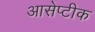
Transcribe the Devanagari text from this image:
आसेप्टीक